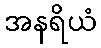
အနရိယံ